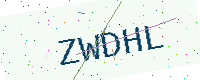
Text: ZWDHL